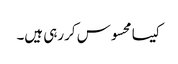
کیسا محسوس کررہی ہیں۔